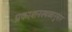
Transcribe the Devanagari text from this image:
प्रकाशनस्थळानुसार